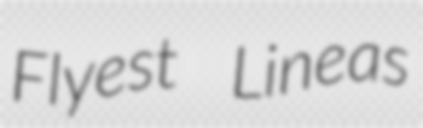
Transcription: Flyest Lineas